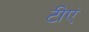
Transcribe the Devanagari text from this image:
टीएं